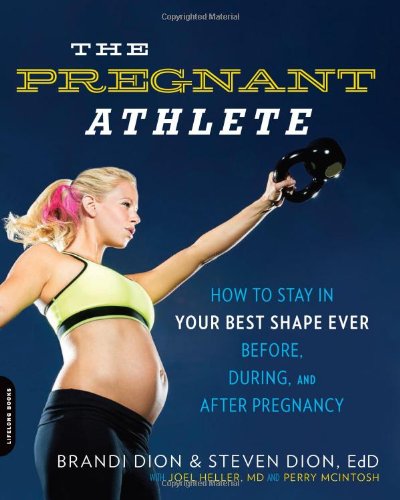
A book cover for The Pregnant Athlete: How to Stay in Your Best Shape Ever--Before, During, and After Pregnancy; Brandi Dion; Parenting & Relationships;